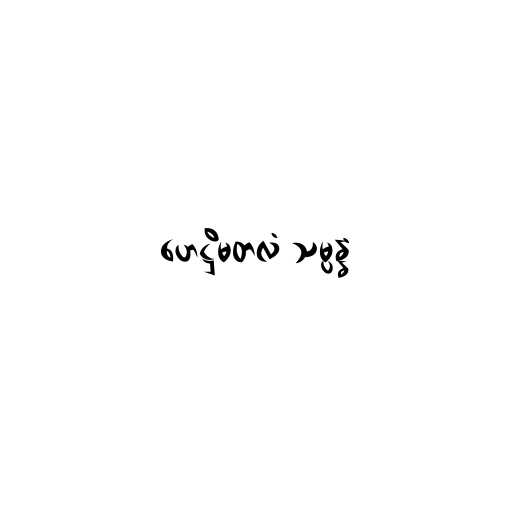
ဟေဋ္ဌိမတလံ သမ္ပန္နံ